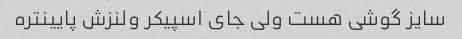
سایز گوشی هست ولی جای اسپیکر ولنزش پایینتره